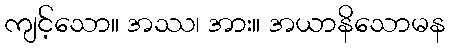
ကျင့်သော။ အဿ၊ အား။ အယာနိသောမန